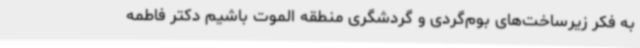
به فکر زیرساخت‌های بوم‌گردی و گردشگری منطقه الموت باشیم دکتر فاطمه